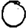
Digit: 0